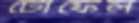
টোফেল